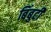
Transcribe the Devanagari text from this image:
बिंबुटी